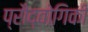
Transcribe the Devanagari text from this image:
प्रौद्वोगिकी